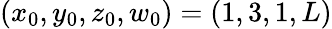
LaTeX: (x_{0},y_{0},z_{0},w_{0})=(1,3,1,L)